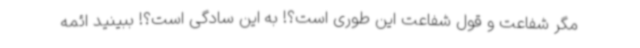
مگر شفاعت و قول شفاعت این طوری است؟! به این سادگی است؟! ببینید ائمه